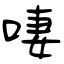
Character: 啛